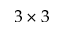
3 \times 3